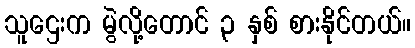
သူဌေးက မွဲလို့တောင် ၃ နှစ် စားနိုင်တယ်။